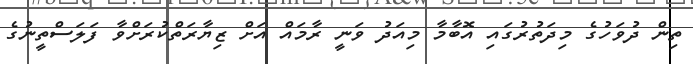
ތިން ދުވަހުގެ މިދަތުރުގައި އޮބާމާ މިއަދު ވަނީ ރާމައް އަށް ޒިޔާރަތްކުރަށްވާ ފަލަސްތީނުގެ